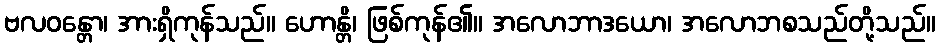
ဗလဝန္တော၊ အားရှိကုန်သည်။ ဟောန္တိ၊ ဖြစ်ကုန်၏။ အလောဘာဒယော၊ အလောဘစသည်တို့သည်။